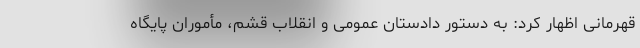
قهرمانی اظهار کرد: به دستور دادستان عمومی و انقلاب قشم، مأموران پایگاه